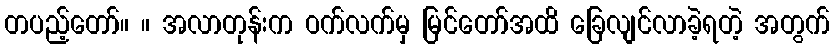
တပည့်တော်။ ။ အလာတုန်းက ဝက်လက်မှ မြင်တော်အထိ ခြေလျင်လာခဲ့ရတဲ့ အတွက်